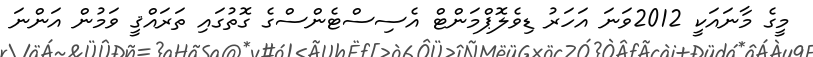
މީގެ މާނައަކީ 2012ވަނަ އަހަރު ޑިވެލޮޕްމަންޓް އެސިސްޓެންސްގެ ގޮތުގައި ތަރައްޤީ ވަމުން އަންނަ